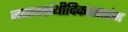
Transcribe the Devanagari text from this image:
जननग्रंथीविकासारंभ